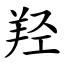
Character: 羟